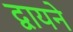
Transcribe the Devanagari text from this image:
द्वायने